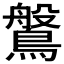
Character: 𪄀